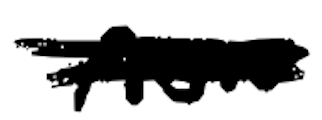
Text: now
Cross-out: double-line
Writing tool: digital_black